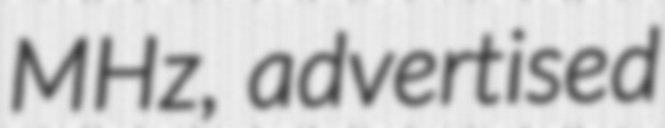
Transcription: MHz, advertised